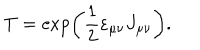
LaTeX: T = \exp \left( \frac 1 2 \varepsilon _ { \mu \nu } J _ { \mu \nu } \right) .